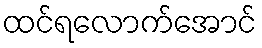
ထင်ရလောက်အောင်